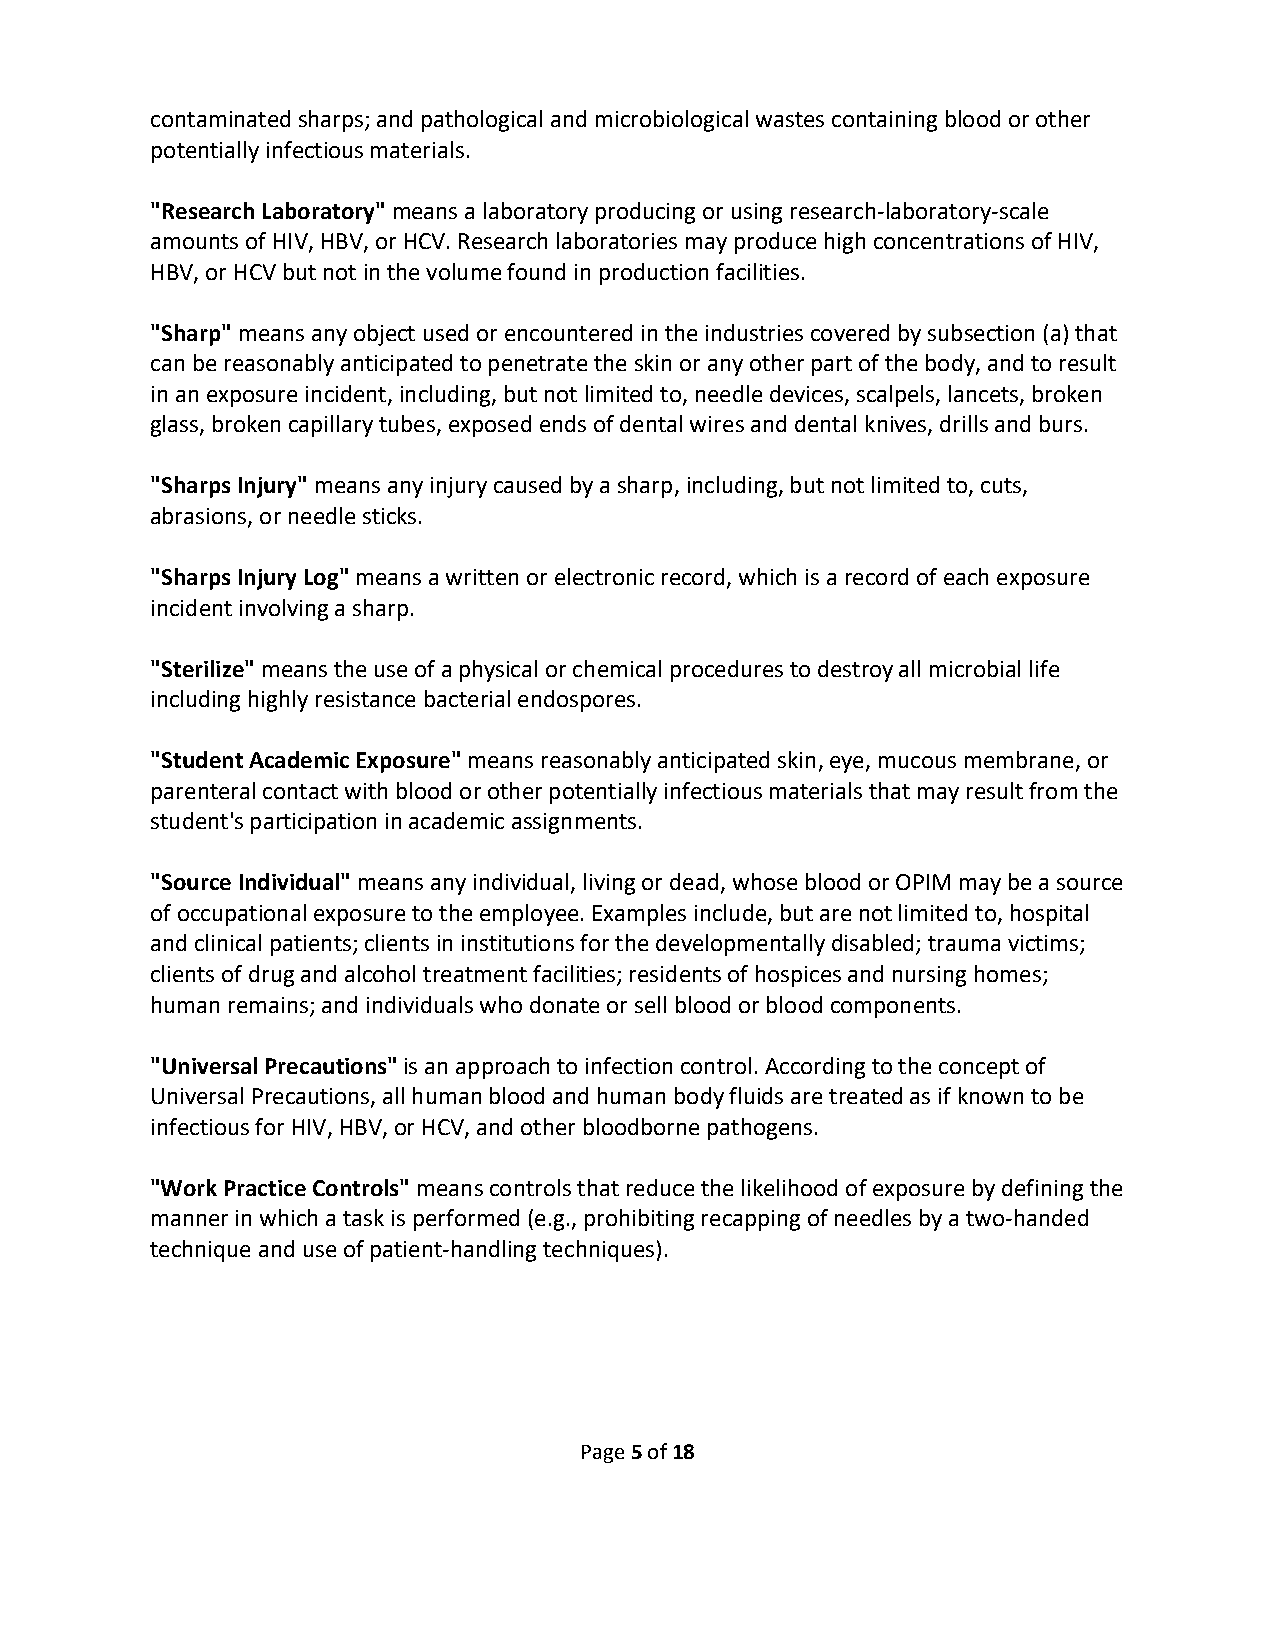
contaminated sharps; and pathological and microbiological wastes containing blood or other
 potentially infectious materials.
 "Research Laboratory" means a laboratory producing or using research-laboratory-scale
 amounts of HIV, HBV, or HCV. Research laboratories may produce high concentrations of HIV,
 HBV, or HCV but not in the volume found in production facilities.
 "Sharp" means any object used or encountered in the industries covered by subsection (a) that
 can be reasonably anticipated to penetrate the skin or any other part of the body, and to result
 in an exposure incident, including, but not limited to, needle devices, scalpels, lancets, broken
 glass, broken capillary tubes, exposed ends of dental wires and dental knives, drills and burs.
 "Sharps Injury" means any injury caused by a sharp, including, but not limited to, cuts,
 abrasions, or needle sticks.
 "Sharps Injury Log" means a written or electronic record, which is a record of each exposure
 incident involving a sharp.
 "Sterilize" means the use of a physical or chemical procedures to destroy all microbial life
 including highly resistance bacterial endospores.
 "Student Academic Exposure" means reasonably anticipated skin, eye, mucous membrane, or
 parenteral contact with blood or other potentially infectious materials that may result from the
 student's participation in academic assignments.
 "Source Individual" means any individual, living or dead, whose blood or OPIM may be a source
 of occupational exposure to the employee. Examples include, but are not limited to, hospital
 and clinical patients; clients in institutions for the developmentally disabled; trauma victims;
 clients of drug and alcohol treatment facilities; residents of hospices and nursing homes;
 human remains; and individuals who donate or sell blood or blood components.
 "Universal Precautions" is an approach to infection control. According to the concept of
 Universal Precautions, all human blood and human body fluids are treated as if known to be
 infectious for HIV, HBV, or HCV, and other bloodborne pathogens.
 "Work Practice Controls" means controls that reduce the likelihood of exposure by defining the
 manner in which a task is performed (e.g., prohibiting recapping of needles by a two-handed
 technique and use of patient-handling techniques).
 Page 5 of 18